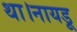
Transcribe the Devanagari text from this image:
था।नायडू